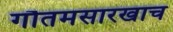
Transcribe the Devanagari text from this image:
गौतमसारखाच